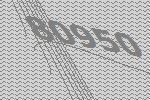
80950